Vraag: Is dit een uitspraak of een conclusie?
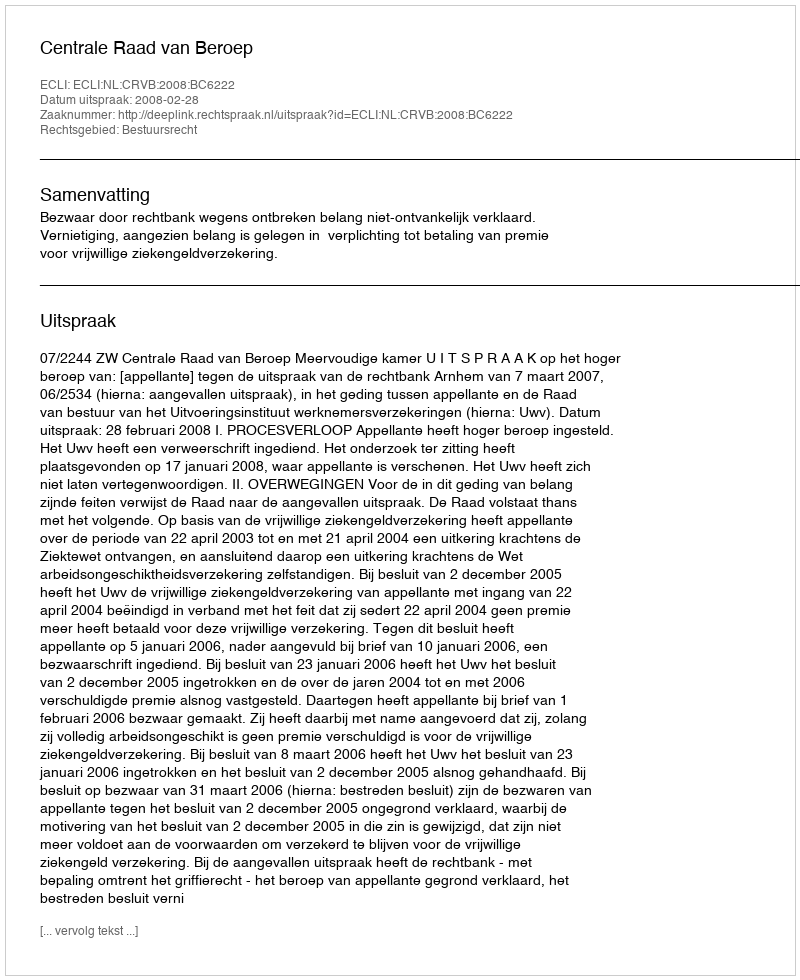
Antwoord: Uitspraak